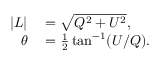
\begin{array} { r l } { | L | } & { { } = { \sqrt { Q ^ { 2 } + U ^ { 2 } } } , } \\ { \theta } & { { } = { \frac { 1 } { 2 } } \tan ^ { - 1 } ( U / Q ) . } \end{array}